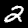
Digit: 2